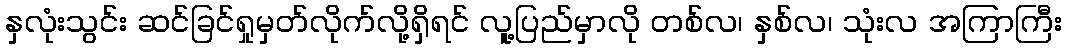
နှလုံးသွင်း ဆင်ခြင်ရှုမှတ်လိုက်လို့ရှိရင် လူ့ပြည်မှာလို တစ်လ၊ နှစ်လ၊ သုံးလ အကြာကြီး